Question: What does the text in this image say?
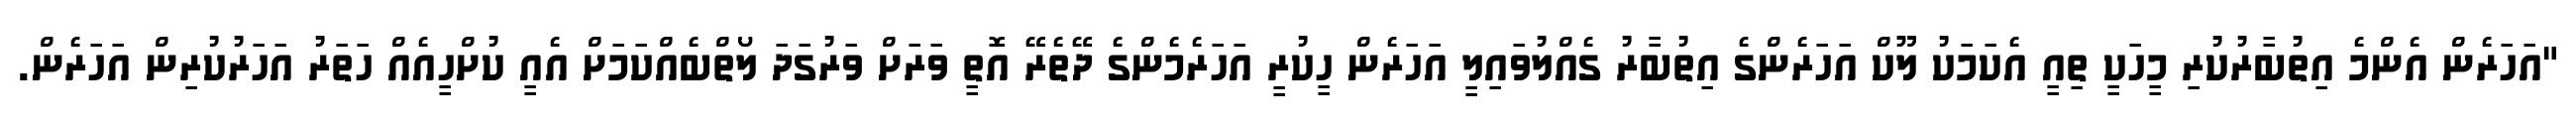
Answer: "އަހަރެން އެންމެ އިތުބާރުކުރި މީހަކީ ތިއީ އެކަމަކު ލޫކް އަހަރެންގެ އިތުބާރު ގެއްލުވައިލީ އަހަރެން ހީކުރީ އަހަރެމެންގެ ދޭތެރޭ އޮތީ ވަރަށް ވަރުގަދަ ލޯތްބެއްކަމަށް އެއީ ކުށްހީއެއް ހަތަރު އަހަރުކުރިން އަހަރެން.